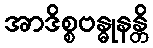
အာဒိစ္စဗန္ဓုနန္တိ